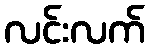
လင်းလက်